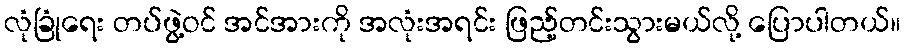
လုံခြုံရေး တပ်ဖွဲ့ဝင် အင်အားကို အလုံးအရင်း ဖြည့်တင်းသွားမယ်လို့ ပြောပါတယ်။